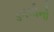
ડગલીનો